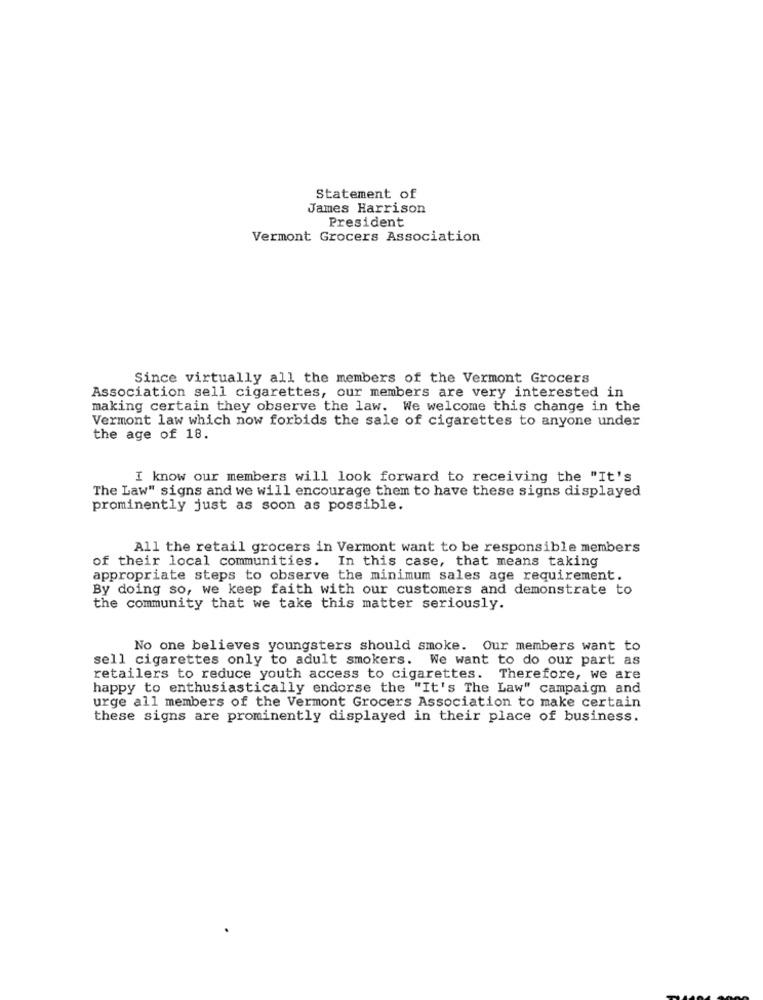
Statement of
James Harrison
President
Vermont Grocers Association
Since virtually all the members of the Vermont Grocers
Association sell cigarettes, our members are very interested in
making certain they observe the law. We welcome this change in the
Vermont law which now forbids the sale of cigarettes to anyone under
the age of 18.
I know our members will look forward to receiving the "It's
The Law" signs and we will encourage them to have these signs displayed
prominently just as soon as possible.
All the retail grocers in Vermont want to be responsible members
of their local communities. In this case, that means taking
appropriate steps to observe the minimum sales age requirement.
By doing so, we keep faith with our customers and demonstrate to
the community that we take this matter seriously.
No one believes youngsters should smoke. Our members want to
sell cigarettes only to adult smokers. We want to do our part as
retailers to reduce youth access to cigarettes. Therefore, we are
happy to enthusiastically endorse the "It's The Law" campaign and
urge all members of the Vermont Grocers Association to make certain
these signs are prominently displayed in their place of business.